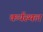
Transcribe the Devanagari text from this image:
कर्यस्थल